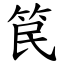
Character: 笢